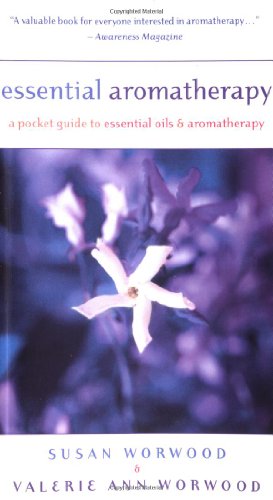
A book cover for Essential Aromatherapy: A Pocket Guide to Essential Oils and Aromatherapy; Susan E. Worwood; Health, Fitness & Dieting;